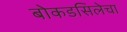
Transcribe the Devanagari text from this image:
बोकडसिलेचा